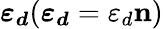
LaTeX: \boldsymbol{\varepsilon_{d}}(\boldsymbol{\varepsilon_{d}}=\varepsilon_{d}\mathbf{n})